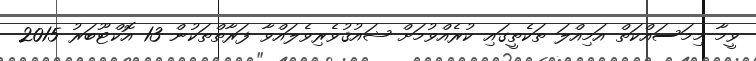
ވީމާ މިމަސައްކަތް އަމިއްލަ ތަކެތީގައި ކުރެއްވުމަށް ޝައުޤުވެރިވެލައްވާ ފަރާތްތަކުން 13 އޮކްޓޫބަރު 2015